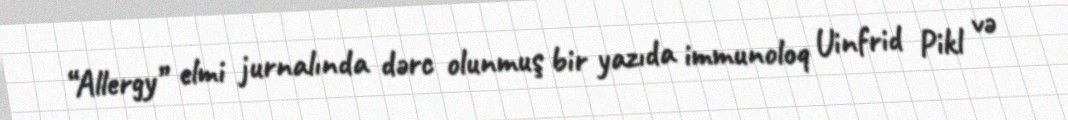
“Allergy” elmi jurnalında dərc olunmuş bir yazıda immunoloq Uinfrid Pikl və